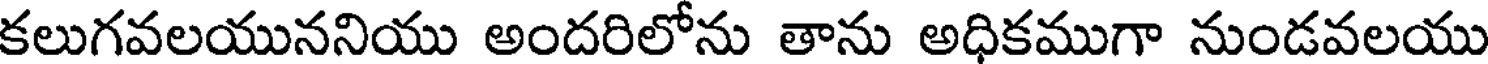
కలుగవలయుననియు అందరిలోను తాను అధికముగా నుండవలయు